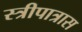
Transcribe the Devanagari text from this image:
स्त्रीपात्रास